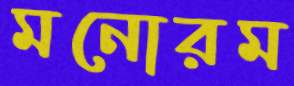
মনোরম